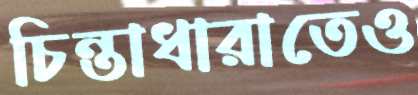
চিন্তাধারাতেও